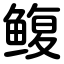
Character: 鳆